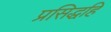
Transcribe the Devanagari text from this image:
प्रसिद्धहि